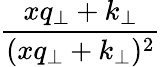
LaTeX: {\frac{xq_{\perp}+k_{\perp}}{(xq_{\perp}+k_{\perp})^{2}}}